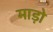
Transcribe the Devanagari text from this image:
माड़ो